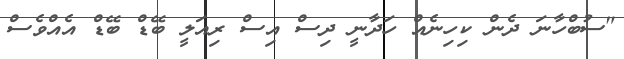
"ސުބްހާނަ ދެން ކިހިނެއް ހަދާނީ ދިސް އިސް ރިއަލީ ބޭޑް ބޭޑް އެއްވެސް